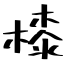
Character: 㯃